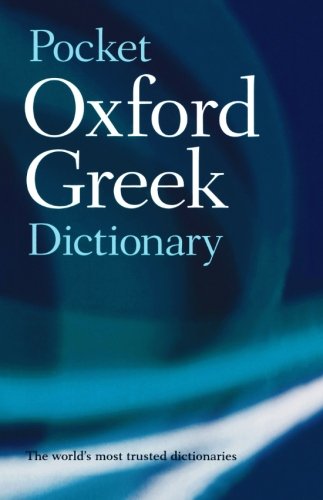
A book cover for The Pocket Oxford Greek Dictionary : Greek-English English-Greek; Reference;